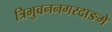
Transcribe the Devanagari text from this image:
त्रिभुवननगरदाङमे